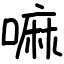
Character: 嘛